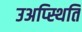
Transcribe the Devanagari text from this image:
उअप्स्थिति